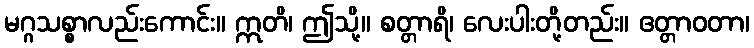
မဂ္ဂသစ္စာလည်းကောင်း။ ဣတိ၊ ဤသို့။ စတ္တာရိ၊ လေးပါးတို့တည်း။ ဧတ္တာဝတာ၊